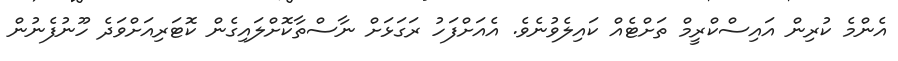
އެންމެ ކުރިން އައިސްކްރީމް ތަށްޓެއް ކައިލެވުނެވެ. އެއަށްފަހު ރަގަޅަށް ނާސްތާކޮށްލައިގެން ކޮޓަރިއަށްވަދެ ހޫނުފެނުން